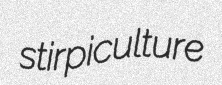
stirpiculture